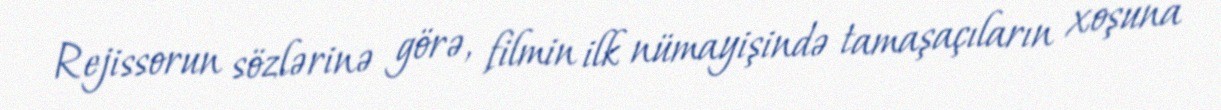
Rejissorun sözlərinə görə, filmin ilk nümayişində tamaşaçıların xoşuna